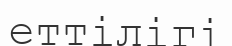
еттілігі